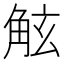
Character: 𧣙